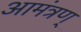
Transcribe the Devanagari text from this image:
आमंत्रण्